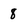
Character: 8